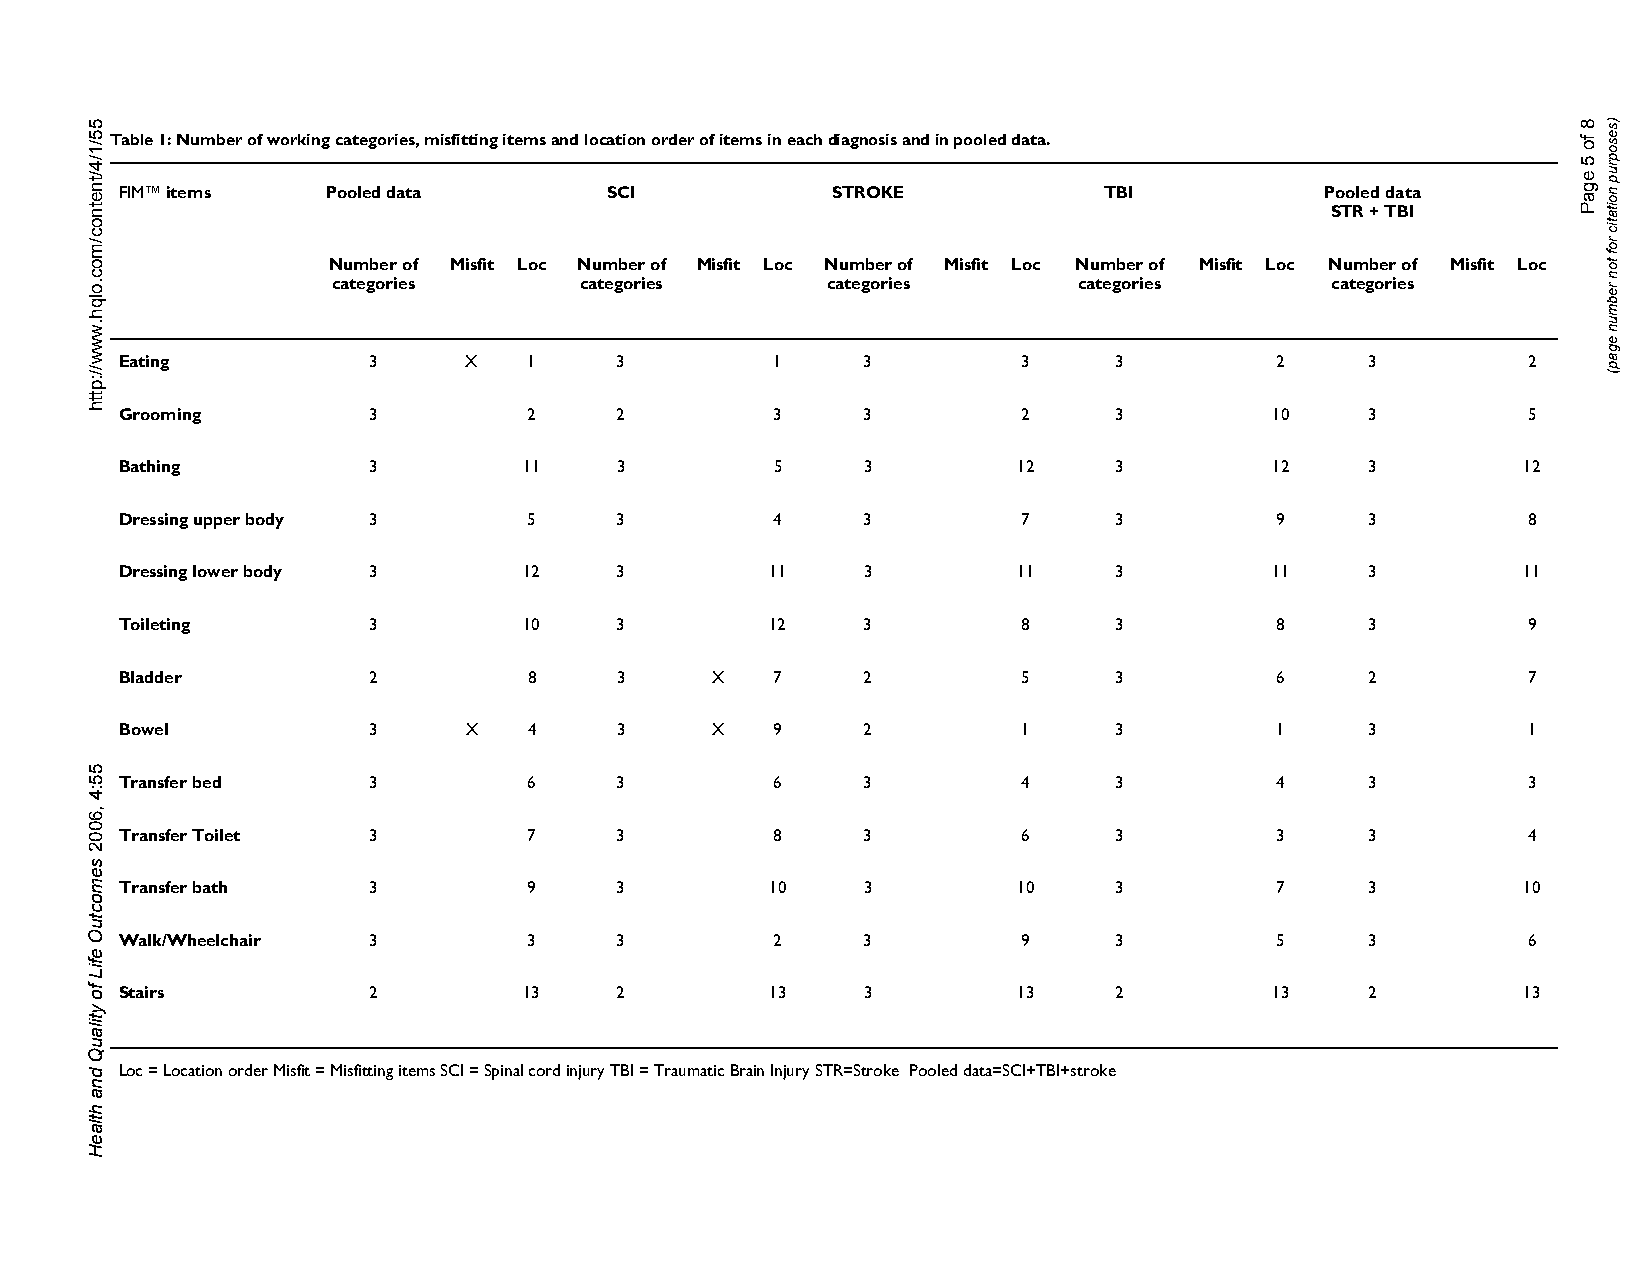
Table 1: Number of working categories, misfitting items and location order of items in each diagnosis and in pooled data.
 FIM™ items    Pooled data       SCI            STROKE            TBI            Pooled data
 STR + TBI
 Number of Misfit Loc Number of Misfit Loc Number of Misfit Loc Number of Misfit Loc Number of Misfit Loc
 categories      categories       categories      categories       categories
 Eating          3      X   1     3         1     3          3     3         2      3         2
 Grooming        3          2     2         3     3          2     3         10     3         5
 Bathing         3          11    3         5     3         12     3         12     3         12
 Dressing upper body 3      5     3         4     3          7     3         9      3         8
 Dressing lower body 3      12    3         11    3         11     3         11     3         11
 Toileting       3          10    3         12    3          8     3         8      3         9
 Bladder         2          8     3     X   7     2          5     3         6      2         7
 Bowel           3      X   4     3     X   9     2          1     3         1      3         1
 Transfer bed    3          6     3         6     3          4     3         4      3         3
 Transfer Toilet 3          7     3         8     3          6     3         3      3         4
 Transfer bath   3          9     3         10    3         10     3         7      3         10
 Walk/Wheelchair 3          3     3         2     3          9     3         5      3         6
 Stairs          2          13    2         13    3         13     2         13     2         13
 Loc = Location order Misfit = Misfitting items SCI = Spinal cord injury TBI = Traumatic Brain Injury STR=Stroke Pooled data=SCI+TBI+stroke
 55/1/4/tnetnoc/moc.olqh.www//:ptth
 55:4
 ,6002
 semoctuO
 efiL
 fo
 ytilauQ
 dna
 htlaeH
 8
 fo
 5
 egaP
 )sesoprup
 noitatic
 rof
 ton
 rebmun
 egap(